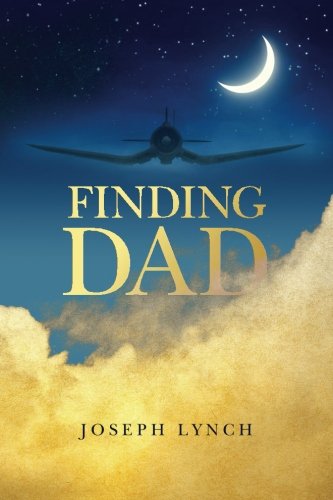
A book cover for Finding Dad; Joseph Lynch; Parenting & Relationships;